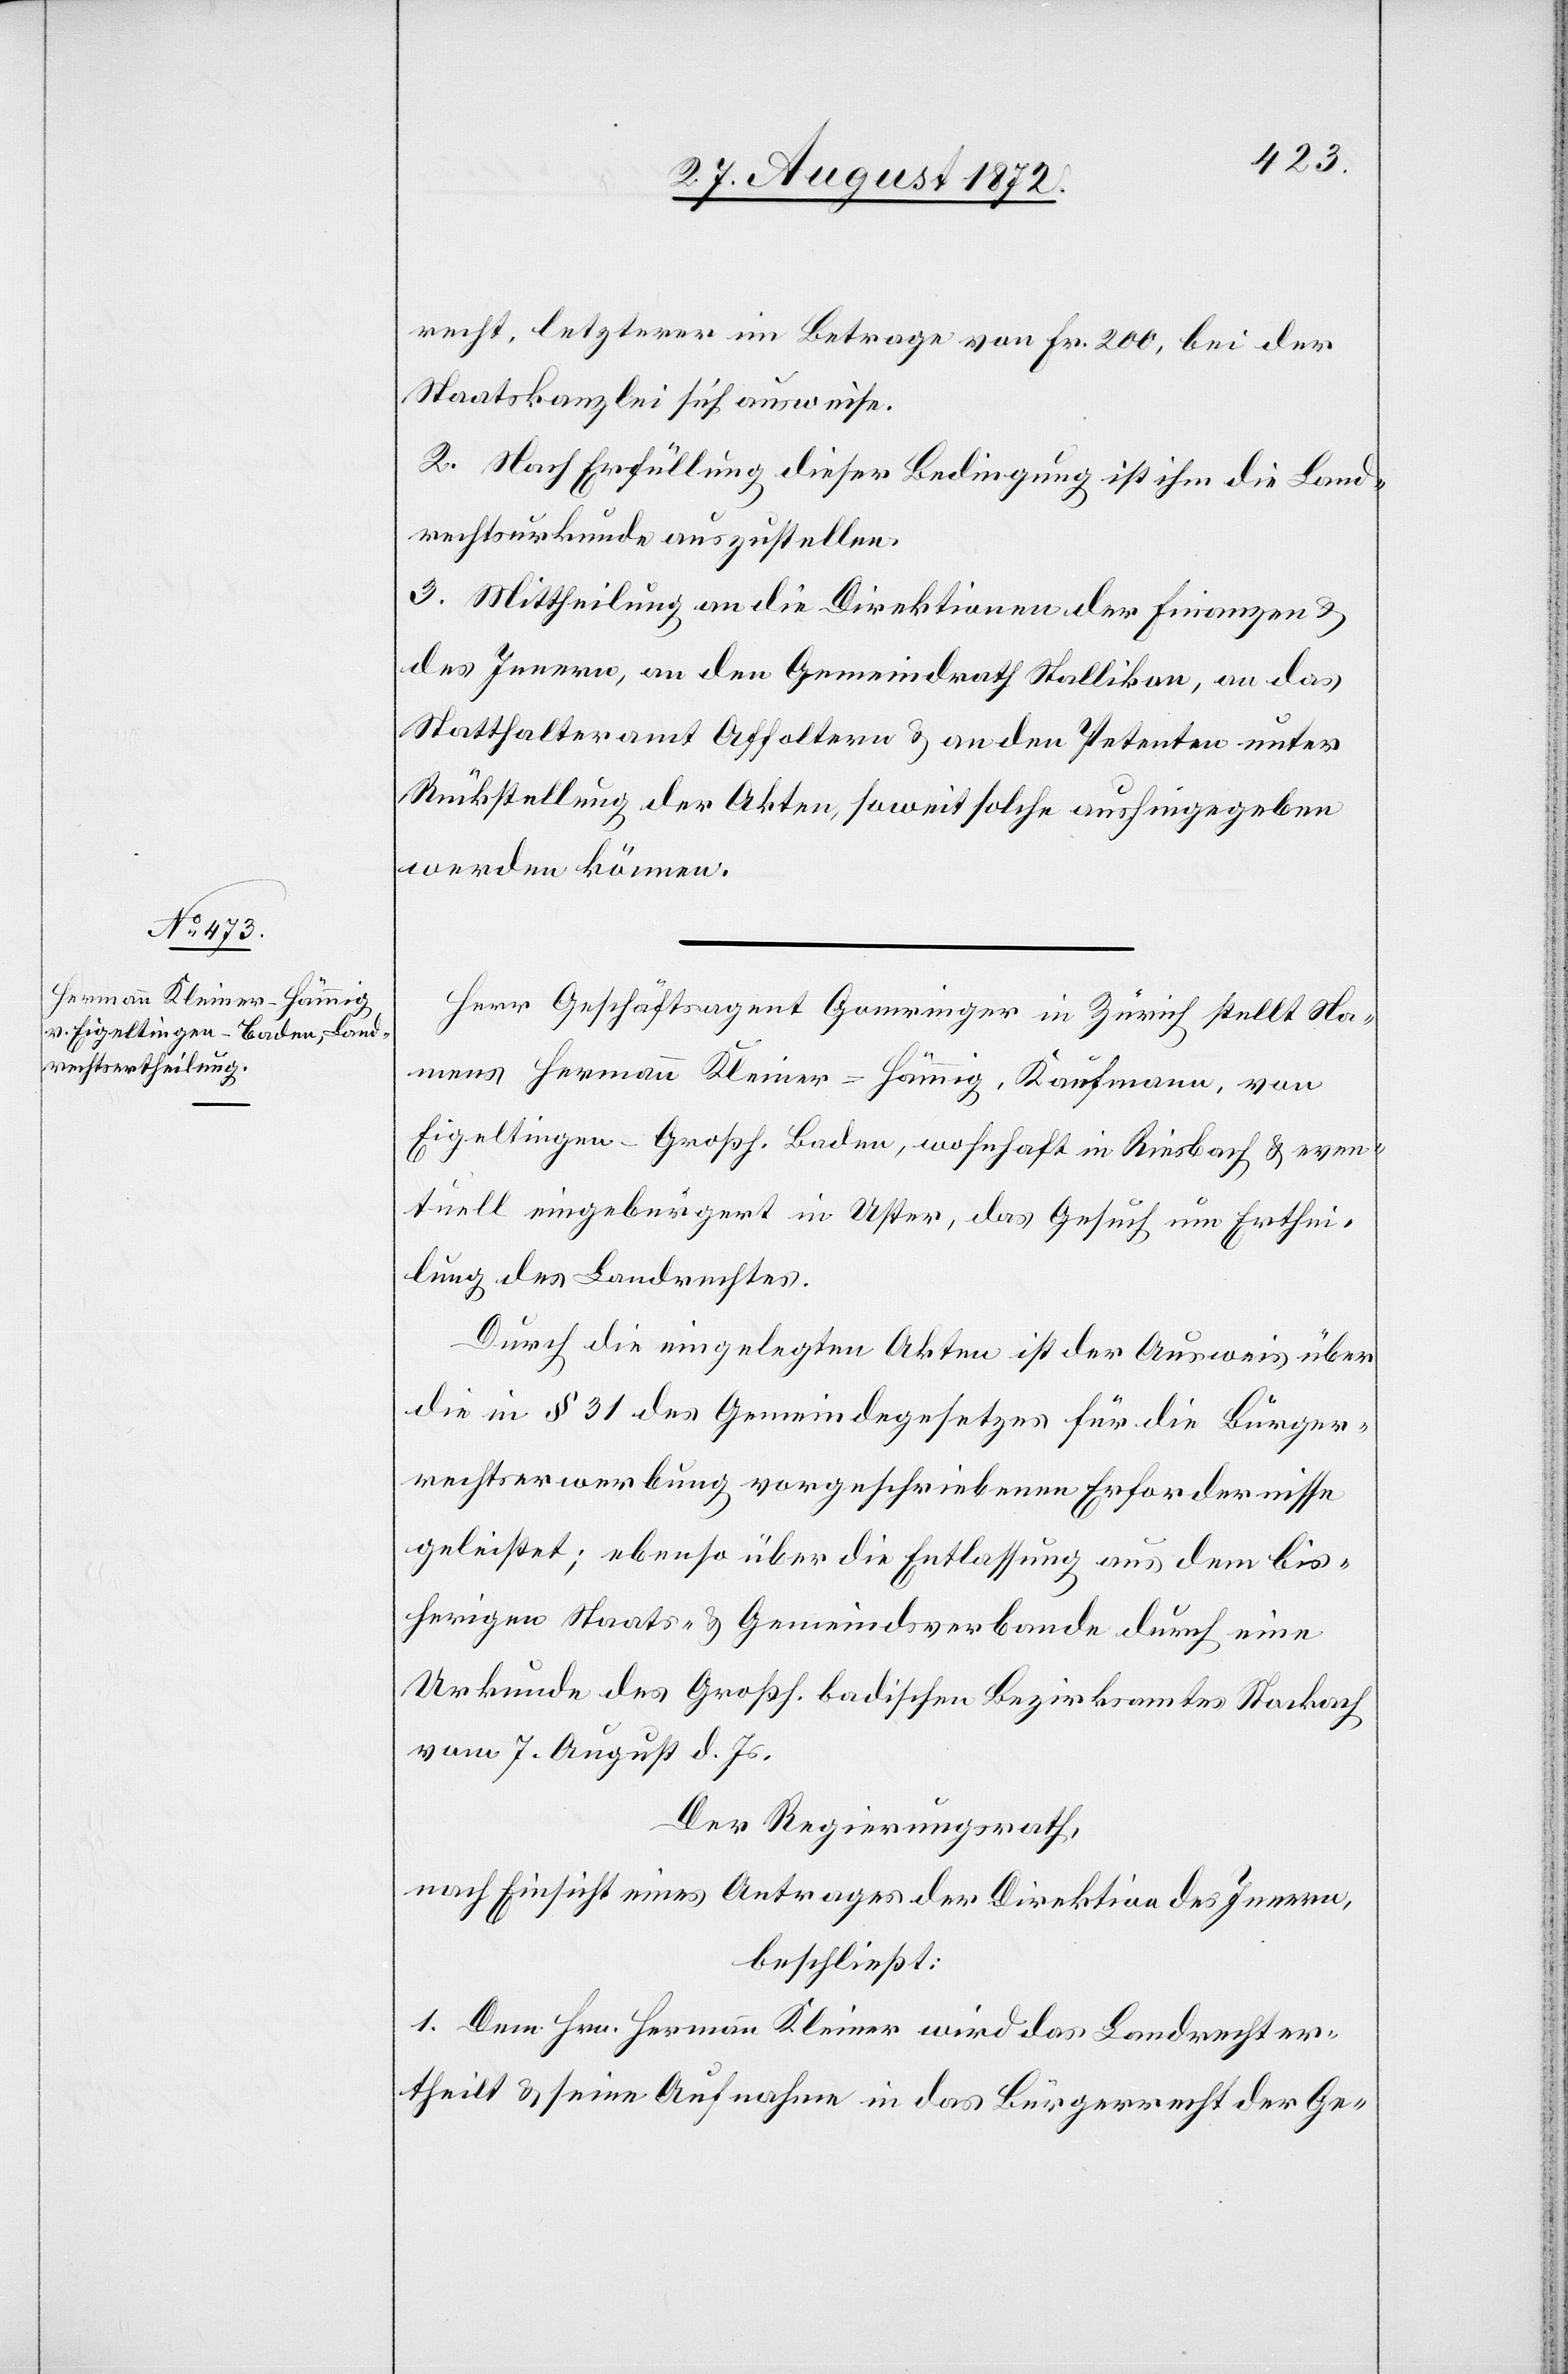
recht, letzterer im Betrage von Fr. 200, bei der
Staatskanzlei sich ausweise.
2. Nach Erfüllung dieser Bedingung ist ihm die Land¬
rechtsurkunde auszustellen.
3. Mittheilung an die Direktion der Finanzen u.
des Innern, an den Gemeindrath Stallikon, an das
Statthalteramt Affoltern u. an den Petenten unter
Rückstellung der Akten, soweit solche aushingegeben
werden können.
Herr Geschäftsagent Gomringer in Zürich stellt Na¬
mens Hermann Kleiner-Hämmig, Kaufmann, von
Eigeltingen-Großh. Baden, wohnhaft in Riesbach u. even¬
tuell eingebürgert in Uster, das Gesuch um Erthei¬
lung des Landrechtes.
Durch die eingelegten Akten ist der Ausweis über
die in § 31 des Gemeindegesetzes für die Bürger¬
rechtserwerbung vorgeschriebene Erfordernisse
geleistet; ebenso über die Entlassung aus dem bis¬
herigen Staats- u. Gemeindsverbande durch eine
Urkunde des Großh. badischen Bezirksamtes Stockach
vom 7. August d. Js.
Der Regierungsrath,
nach Einsicht eines Antrages der Direktion des Innern,
beschließt:
1. Dem Hrn. Hermann Kleiner wird das Landrecht er¬
theilt u. seine Aufnahme in das Bürgerrecht der Ge-